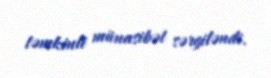
təmkinli münasibət sərgiləndi.